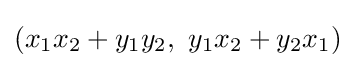
(x_{1}x_{2}+y_{1}y_{2},\ y_{1}x_{2}+y_{2}x_{1})